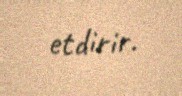
etdirir.